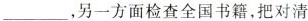
___，另一方面检查全国书籍，把对清